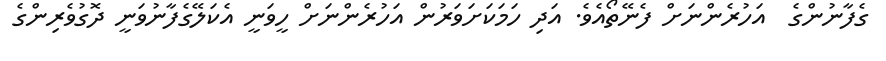
ގެފާނުންގެ  އަހުރެންނަށް ފެނޭތޯއެވެ. އަދި ހަމަކަށަވަރުން އަހުރެންނަށް ހީވަނީ އެކަލޭގެފާނުވަނީ ދޮގުވެރިންގެ